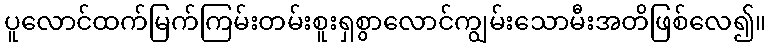
ပူလောင်ထက်မြက်ကြမ်းတမ်းစူးရှစွာလောင်ကျွမ်းသောမီးအတိဖြစ်လေ၍။